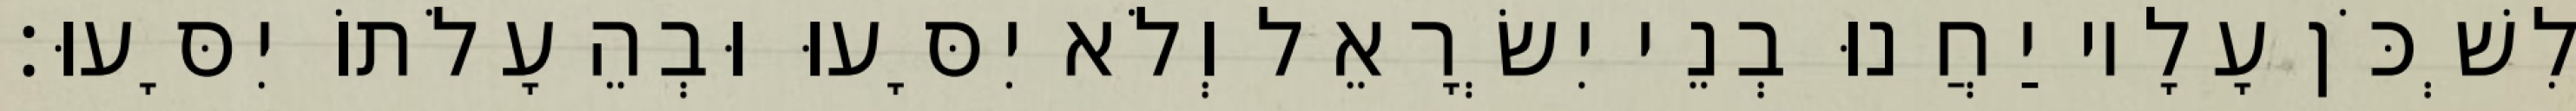
לִשְׁכֹּן עָלָיו יַחֲנוּ בְנֵי יִשְׂרָאֵל וְלֹא יִסָּעוּ וּבְהֵעָלֹתוֹ יִסָּעוּ׃